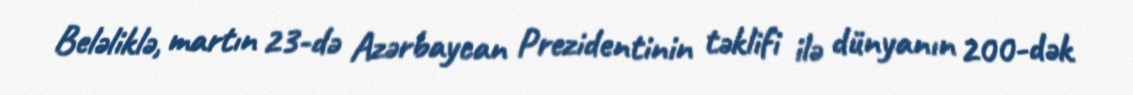
Beləliklə, martın 23-də Azərbaycan Prezidentinin təklifi ilə dünyanın 200-dək